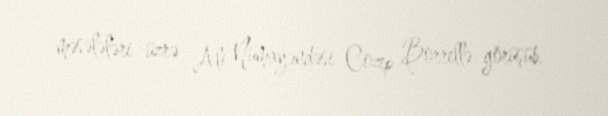
məsələləri üzrə Ali Nümayəndəsi Cozep Borrellə görüşüb.